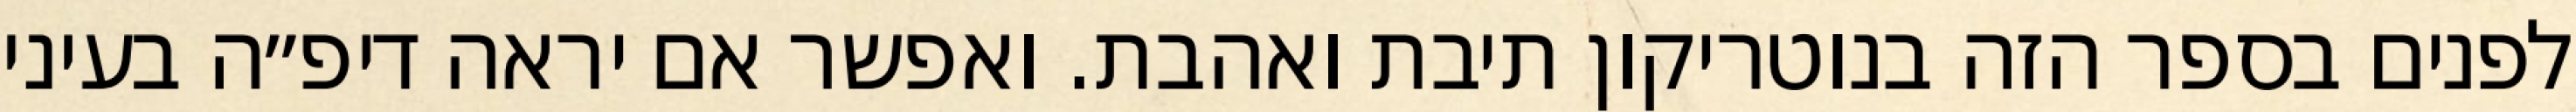
לפנים בספר הזה בנוטריקון תיבת ואהבת. ואפשר אם יראה דיפ״ה בעיני